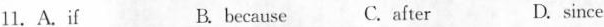
11.A.If B.because C.after D.since